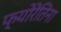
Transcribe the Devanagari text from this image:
फ्योरेंतिना